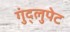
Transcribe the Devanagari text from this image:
गुंद्लुपेट